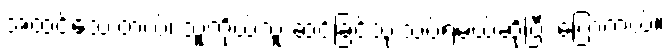
အထင်သေးတယ်၊ သူ့ကိုယ်သူ ဆင်ခြင်သုံးသပ်ရမယ်ဆိုပြီး ပြောတယ်။